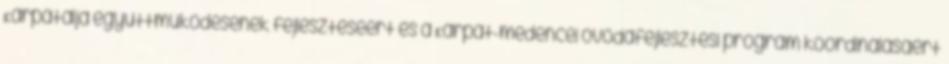
Kárpátalja együttműködésének fejlesztéséért és a Kárpát-medencei óvodafejlesztési program koordinálásáért